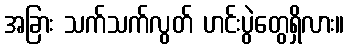
အခြား သက်သက်လွတ် ဟင်းပွဲတွေရှိလား။